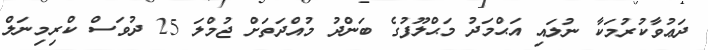
ދަޢުވާކުރުމަކާ ނުލައި އަޙްމަދު މަޙްލޫފުގެ ބަންދު މުއްދަތަށް ޖުމްލަ 25 ދުވަސް ކްރިމިނަލް